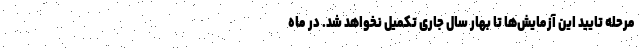
مرحله تایید این آزمایش‌ها تا بهار سال جاری تکمیل نخواهد شد. در ماه